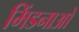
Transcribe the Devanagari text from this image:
मिंडनाओ